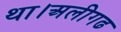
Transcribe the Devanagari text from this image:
था।अलीगढ